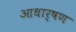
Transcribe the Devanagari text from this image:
आधार्षण